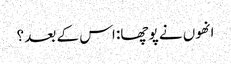
انھوں نے پوچھا: اس کے بعد ؟